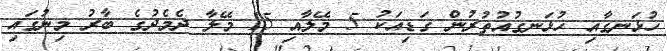
ހުޅަނގާއި ހުޅަނގުއުތުރުން ގަޑިއަކު 5 މޭލާއި 15 މޭލާ ދެމެދުގެ ބާރު މިނުގައި